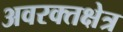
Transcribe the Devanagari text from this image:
अवरक्तक्षेत्र